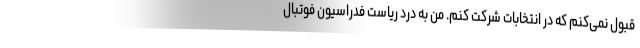
قبول نمی‌کنم که در انتخابات شرکت کنم. من به درد ریاست فدراسیون فوتبال